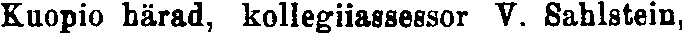
Kuopio härad, kollegiiassessor V. Sahlstein,